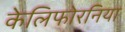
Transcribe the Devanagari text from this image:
केलिफोरनिया